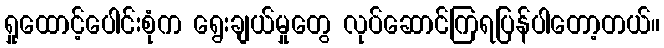
ရှုထောင့်ပေါင်းစုံက ရွေးချယ်မှုတွေ လုပ်ဆောင်ကြရပြန်ပါတော့တယ်။